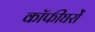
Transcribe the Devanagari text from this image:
कॉफीघरों